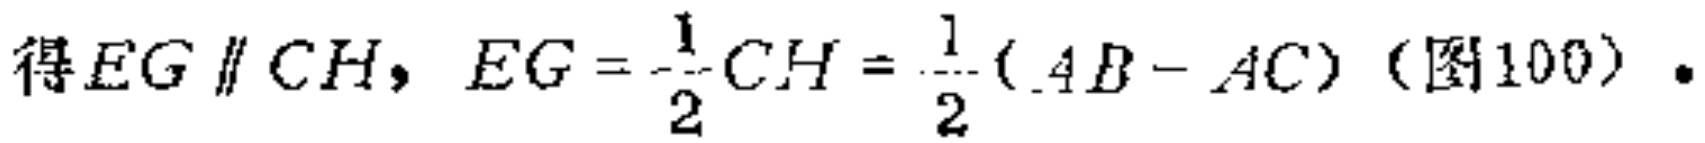
得$EG \parallel CH,\ EG = \frac{1}{2}CH=\frac{1}{2}(AB - AC)$（图100）.